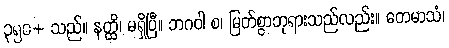
၃၅၀+ သည်။ နတ္ထိ၊ မရှိပြီ။ ဘဂဝါ စ၊ မြတ်စွာဘုရားသည်လည်း။ တေမာသံ၊